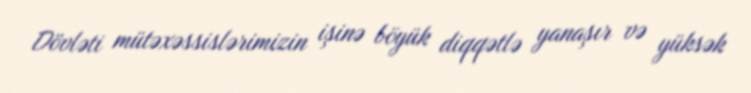
Dövləti mütəxəssislərimizin işinə böyük diqqətlə yanaşır və yüksək